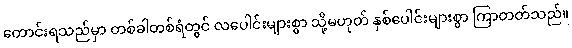
တောင်းရသည်မှာ တစ်ခါတစ်ရံတွင် လပေါင်းများစွာ သို့မဟုတ် နှစ်ပေါင်းများစွာ ကြာတတ်သည်။